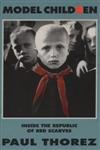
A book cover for Model Children: Inside the Republic of Red Scarves; Paul Thorez; Travel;